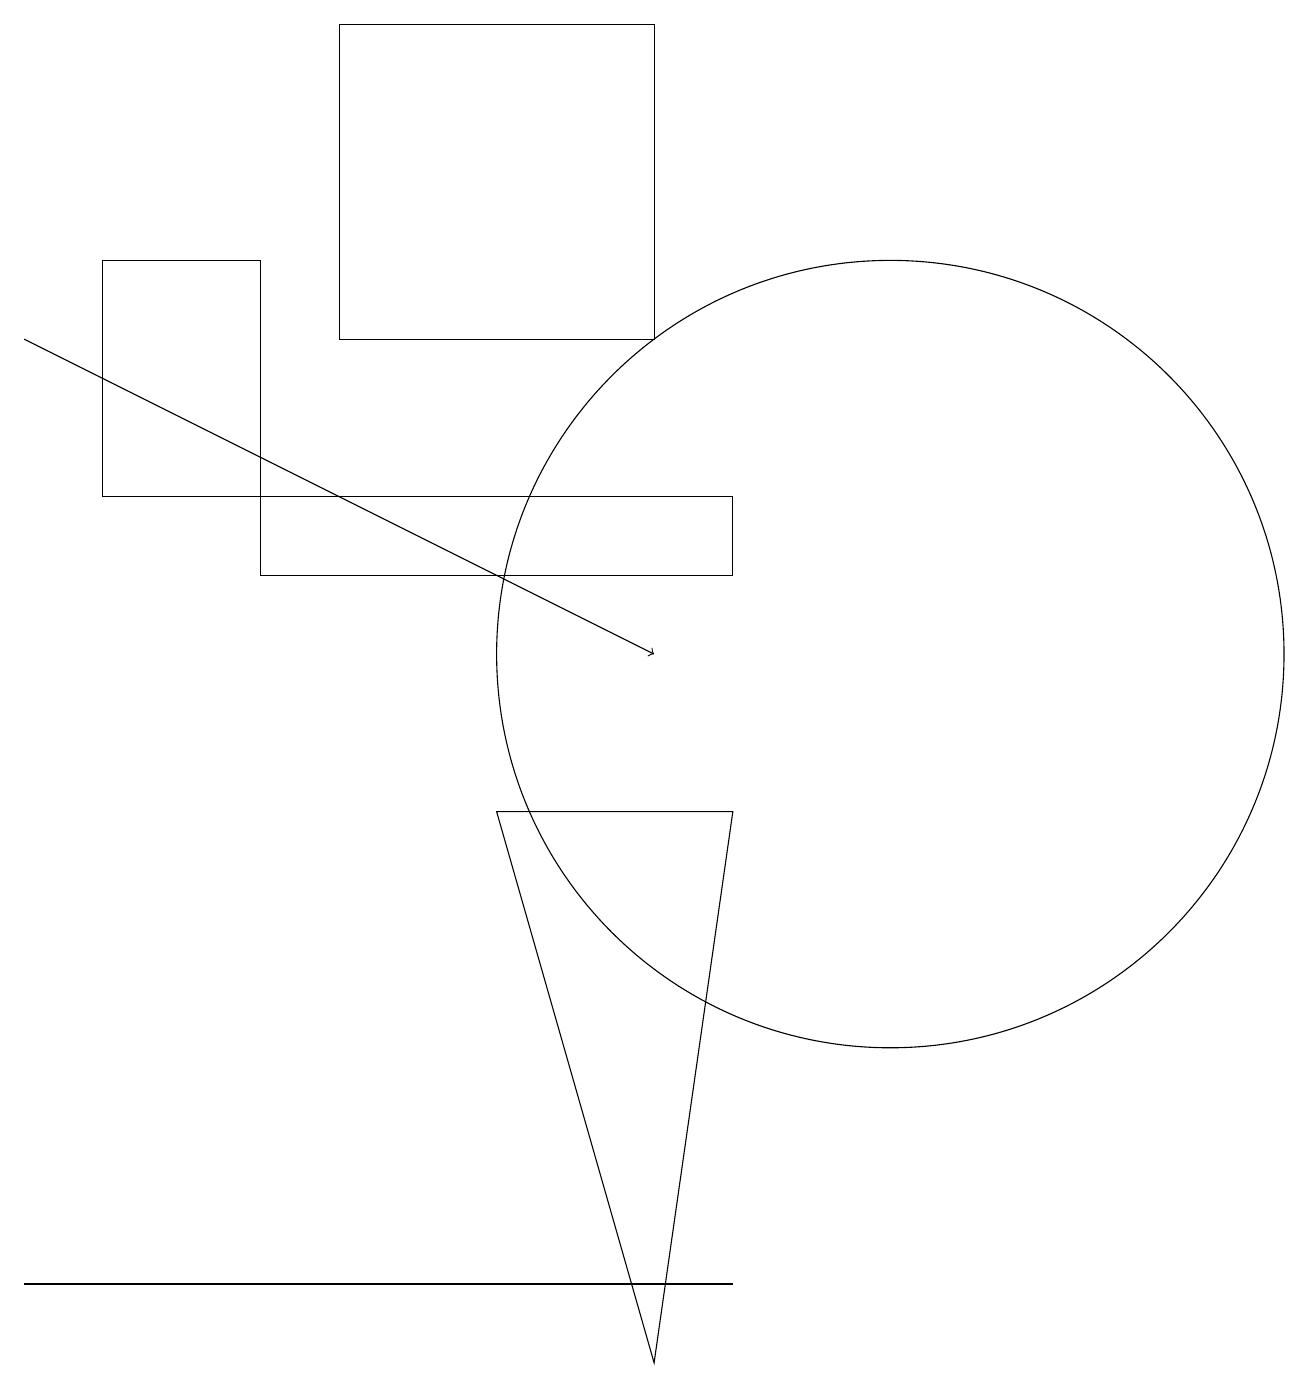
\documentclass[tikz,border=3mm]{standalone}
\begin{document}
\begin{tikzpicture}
\draw (9,12) rectangle (3,13);
\draw (8,19) rectangle (4,15);
\draw[->] (0,15) -- (8,11);
\draw (1,13) rectangle (3,16);
\draw (0,3) -- (7,3) -- (9,3) -- cycle;
\draw (11,11) circle (5);
\draw (9,9) -- (8,2) -- (6,9) -- cycle;
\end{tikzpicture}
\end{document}